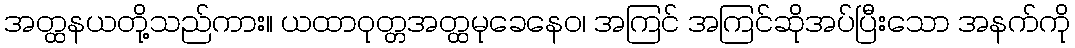
အတ္ထနယတို့သည်ကား။ ယထာဝုတ္တအတ္ထမုခေနေဝ၊ အကြင် အကြင်ဆိုအပ်ပြီးသော အနက်ကို